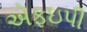
એફઇપી